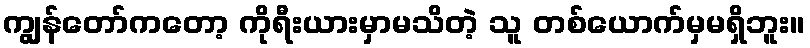
ကျွန်တော်ကတော့ ကိုရီးယားမှာမသိတဲ့ သူ တစ်ယောက်မှမရှိဘူး။